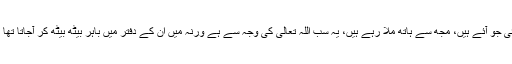
آج دیکھیں ناں یہ انور بھائی جو آئے ہیں، مجھ سے ہاتھ ملا رہے ہیں، یہ سب اللہ تعالیٰ کی وجہ سے ہے ورنہ میں ان کے دفتر میں باہر بیٹھ بیٹھ کر آجاتا تھا یہ لفٹ نہیں کرواتے تھے۔